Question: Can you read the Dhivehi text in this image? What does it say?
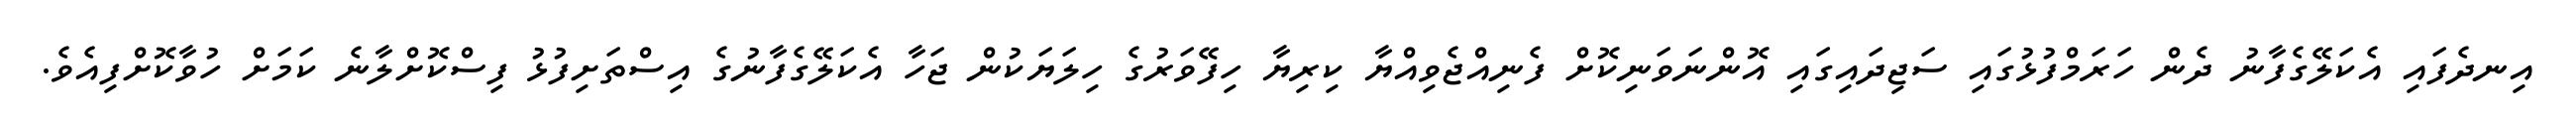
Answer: އިނދެފައި އެކަލޭގެފާނު ދެން ހަރަމްފުޅުގައި ސަޖިދައިގައި އޮންނަވަނިކޮށް ފެނިއްޖެވިއްޔާ ކިރިޔާ ހިފޭވަރުގެ ހިލަޔަކުން ޖަހާ އެކަލޭގެފާނުގެ އިސްތަށިފުޅު ފިސްކޮށްލާނެ ކަމަށް ހުވާކޮށްފިއެވެ.